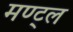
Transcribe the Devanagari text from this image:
मण्ट्ल